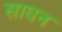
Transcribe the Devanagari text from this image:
साघन